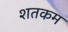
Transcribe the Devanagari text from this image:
शतकम